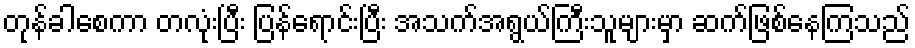
တုန်ခါစေကာ တလုံးပြီး ပြန်ရောင်းပြီး အသက်အရွယ်ကြီးသူများမှာ ဆက်ဖြစ်နေကြသည်